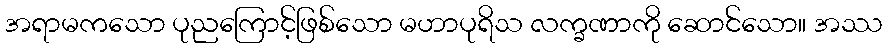
အရာမကသော ပုညကြောင့်ဖြစ်သော မဟာပုရိသ လက္ခဏာကို ဆောင်သော။ အဿ